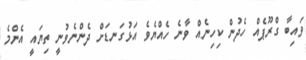
ވައިބާ ގްރޫޕެއް ހެދުން ކިހިނެއް ވާނެ ހެއްޔެވެ އަޅުގަނޑަށް ދެންނެވުނީ ތިޔައީ އެންމެ